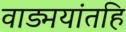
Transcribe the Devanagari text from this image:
वाड्मयांतहि